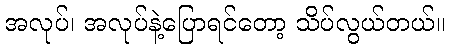
အလုပ်၊ အလုပ်နဲ့ပြောရင်တော့ သိပ်လွယ်တယ်။